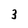
Character: 3